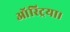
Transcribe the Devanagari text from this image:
ऑस्ट्रिया।